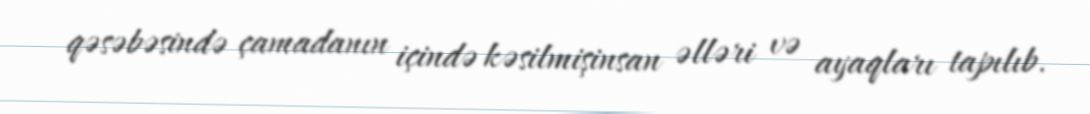
qəsəbəsində çamadanın içində kəsilmişinsan əlləri və ayaqları tapılıb.